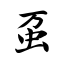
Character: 虿